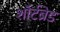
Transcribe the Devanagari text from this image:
शॉर्टब्रेड